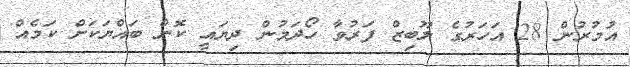
އުމުރުން 28 އަހަރުގެ ލޫބިޒް ފަރުވާ ހޯދަމުން ދިޔައީ ކޮން ބައްޔަކަށް ކަމެއް